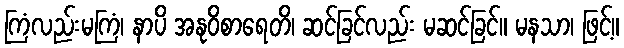
ကြံလည်းမကြံ၊ နာပိ အနုဝိစာရေတိ၊ ဆင်ခြင်လည်း မဆင်ခြင်။ မနသာ၊ ဖြင့်။